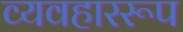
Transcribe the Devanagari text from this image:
व्यवहाररूप